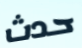
حدث